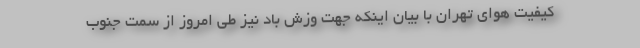
کیفیت هوای تهران با بیان اینکه جهت وزش باد نیز طی امروز از سمت جنوب